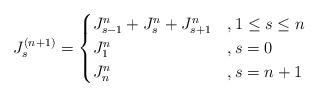
LaTeX: \begin{align*} J_s^{(n+1)} = \begin{cases} J_{s-1}^n + J_s^n + J_{s+1}^n & , 1 \le s \le n \\ J_1^n & , s = 0 \\ J_n^n & , s = n+1 \end{cases}\end{align*}